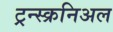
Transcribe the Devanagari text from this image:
ट्रन्स्क्रनिअल